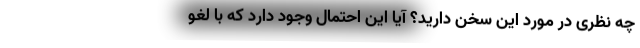
چه نظری در مورد این سخن دارید؟ آیا این احتمال وجود دارد که با لغو